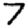
Digit: 7